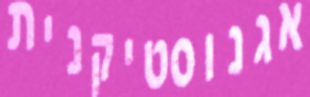
אגנוסטיקנית